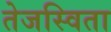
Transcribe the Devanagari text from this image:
तेजस्‍विता